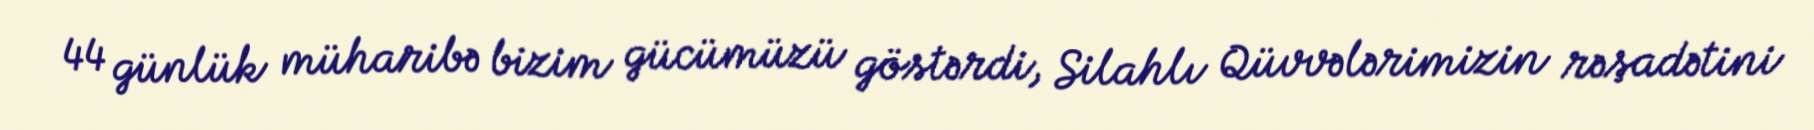
44 günlük müharibə bizim gücümüzü göstərdi, Silahlı Qüvvələrimizin rəşadətini